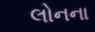
લોનના